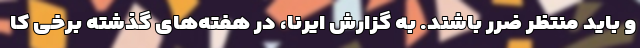
و باید منتظر ضرر باشند. به گزارش ایرنا، در هفته‌های گذشته برخی کا